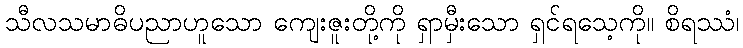
သီလသမာဓိပညာဟူသော ကျေးဇူးတို့ကို ရှာမှီးသော ရှင်ရသေ့ကို။ စိရဿံ၊